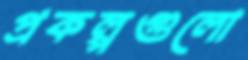
প্রকল্পগুলো